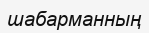
шабарманның